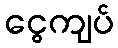
ငွေကျပ်